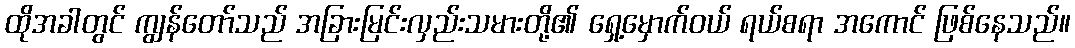
ထိုအခါတွင် ကျွန်တော်သည် အခြားမြင်းလှည်းသမားတို့၏ ရှေ့မှောက်ဝယ် ရယ်စရာ အကောင် ဖြစ်နေသည်။